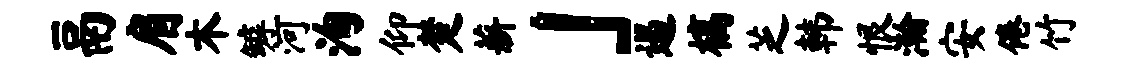
鬲肩木罅河洵仰楚薪」遏槁芝韩恨瀚安倦竹